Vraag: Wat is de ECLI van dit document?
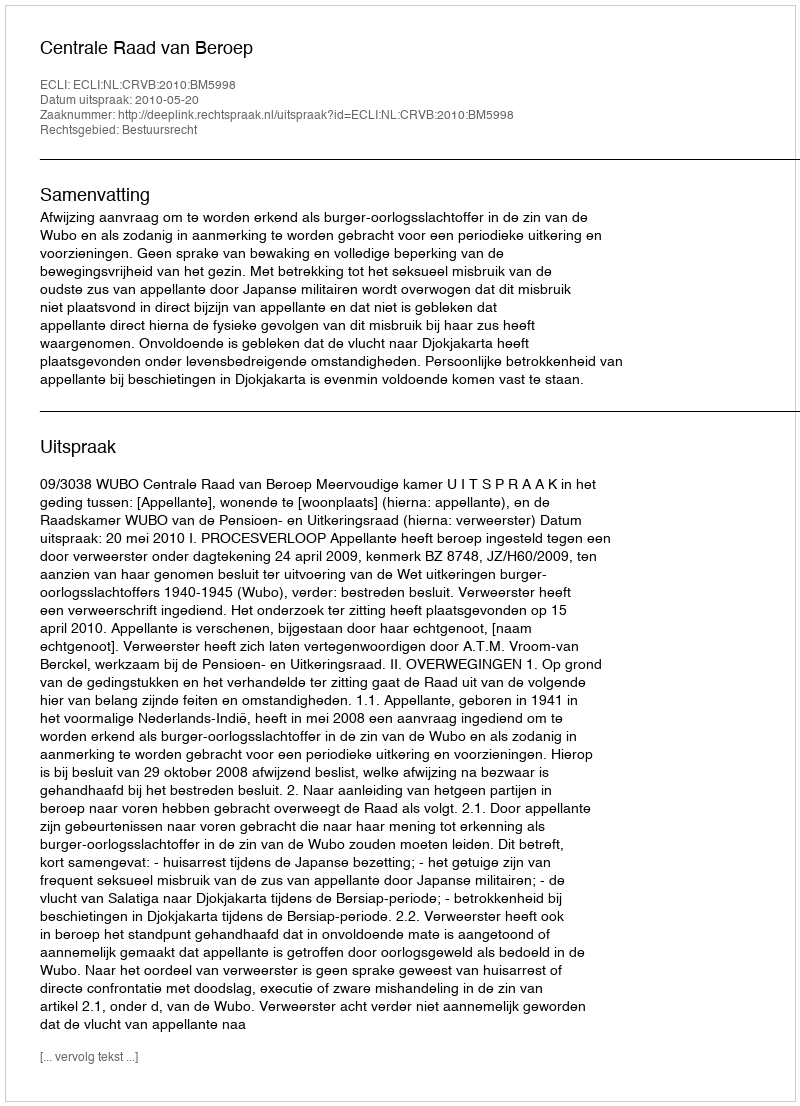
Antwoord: ECLI:NL:CRVB:2010:BM5998